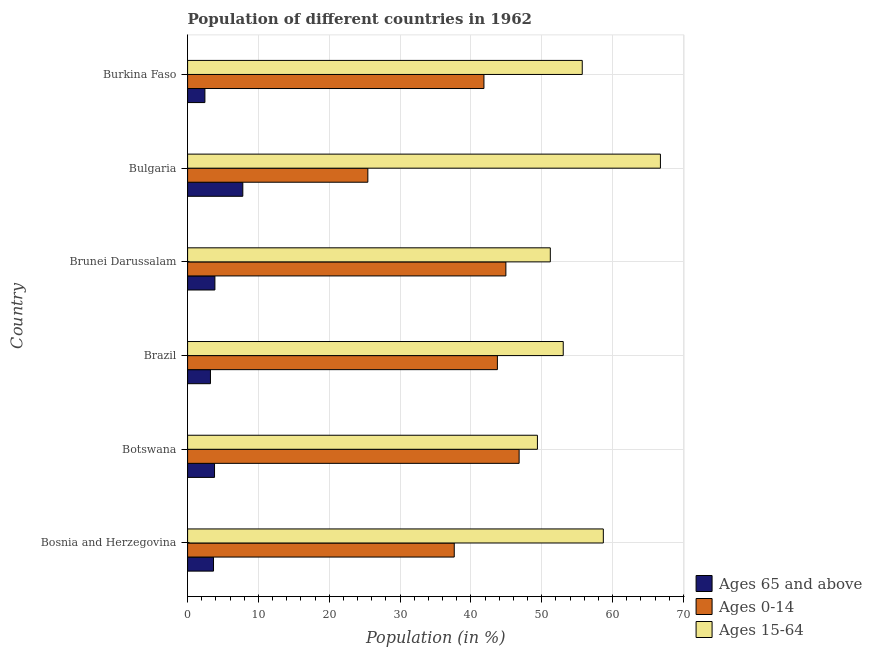
| Country | Ages 65 and above | Ages 0-14 | Ages 15-64 |
 | --- | --- | --- | --- |
 | Bosnia and Herzegovina | 3.66 | 37.6 | 58.7 |
 | Botswana | 3.8 | 46.8 | 49.4 |
 | Brazil | 3.23 | 43.7 | 53 |
 | Brunei Darussalam | 3.85 | 44.9 | 51.2 |
 | Bulgaria | 7.8 | 25.4 | 66.8 |
 | Burkina Faso | 2.44 | 41.8 | 55.7 |